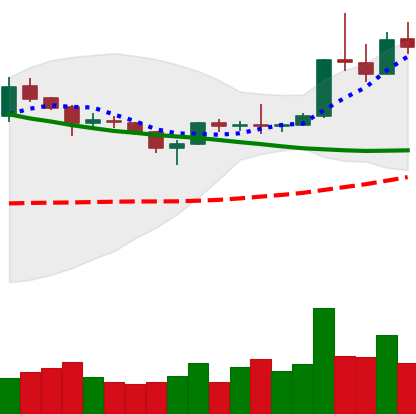
Ticker: XLM-USD
Chart end date: 2019-04-06
Forward return: -6.449%
Label: down_5_7